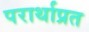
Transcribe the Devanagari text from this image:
परार्थाप्रत